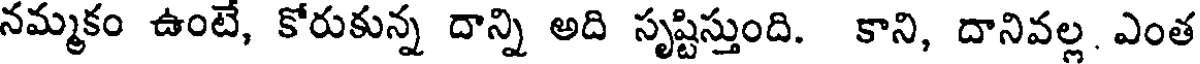
నమ్మకం ఉంటే, కోరుకున్న దాన్ని అది సృష్టిస్తుంది. కాని, దానివల్ల ఎంత